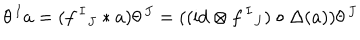
LaTeX: \theta ^ { \, I } a = ( f ^ { \, I } { } _ { J } \ast a ) \theta ^ { \, J } = ( ( \mathrm { i d } \otimes f ^ { \, I } { } _ { J } ) \circ \Delta ( a ) ) \theta ^ { \, J }